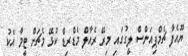
ޔޫއެފާ ޗެމްޕިއަންސް ލީގުގައި މިރޭ ރެއާލް މެޑްރިޑް ކުޅޭ މެޗަށް ޓީމާ އެކު